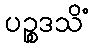
ပဉ္စဒသိံ